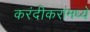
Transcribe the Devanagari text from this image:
करंदीकरांमध्ये